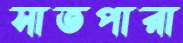
সাতপারা